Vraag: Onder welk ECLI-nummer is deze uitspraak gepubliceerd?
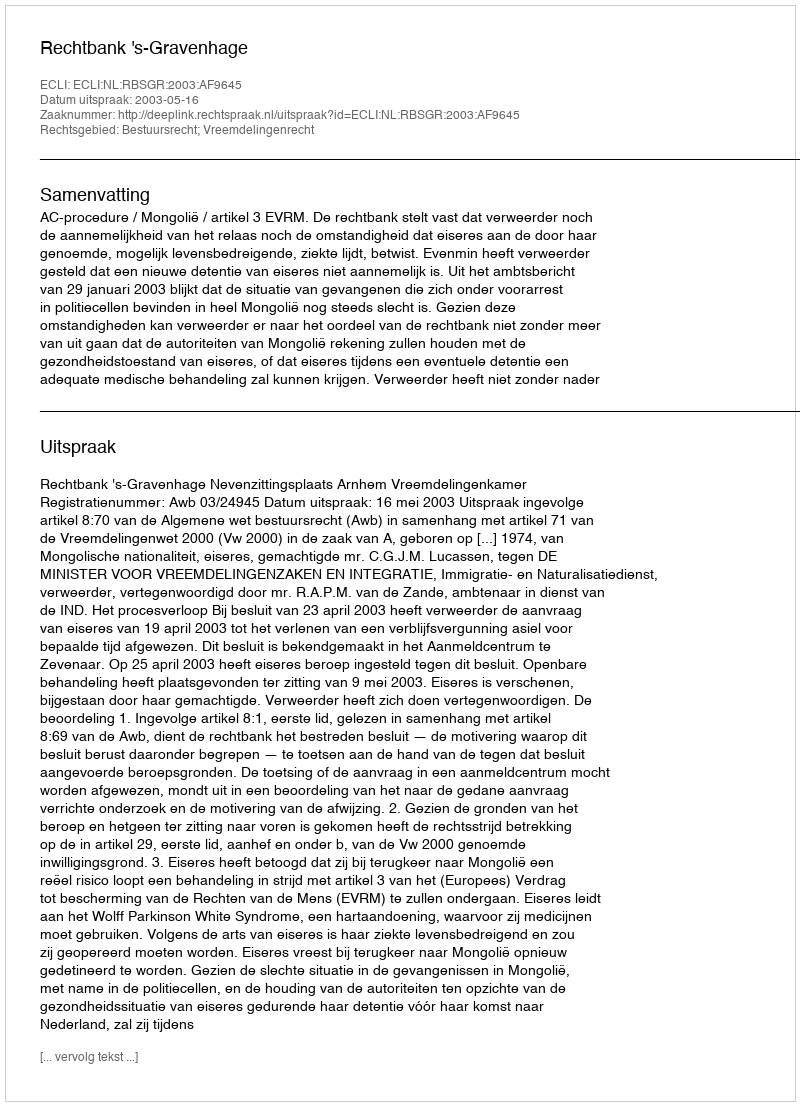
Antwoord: ECLI:NL:RBSGR:2003:AF9645